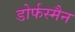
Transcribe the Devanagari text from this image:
डोर्फस्मैन